Report on sanitation, dispensaries, and jails in Rajputana for 1917, and on vaccination for the year 1917-1918 - 1917-1918
Year: 1917
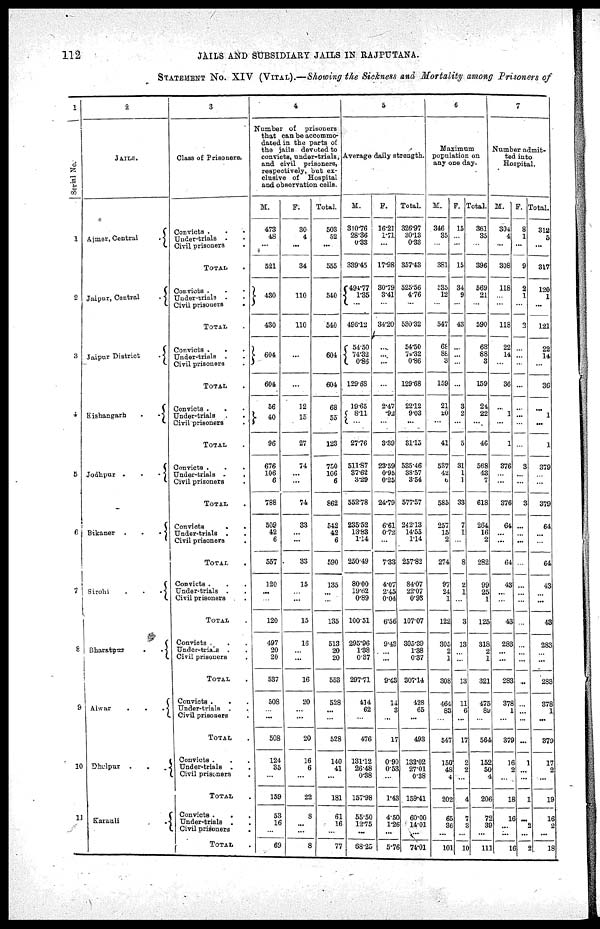
112
JAILS AND SUBSIDIARY JAILS IN RAJPUTANA.
STATEMENT No. XIV (VITAL).—Showing the Sickness and Mortality among Prisoners of
1
Serial No.
1
2
3
4
5
6
7
8
9
10
11
2
JAILS.
Aimer, Central
.
Jaipur, Central
.
Jaipur District
.
Kishangarh
.
.
Jodhpur .
.
.
Bikaner
.
.
.
Sirohi
.
.
.
Bharatpur
.
.
Alwar
.
.
.
Dholpur
.
.
.
Karauli
.
3
Class of Prisoners.
Convicts . .
Under-trials . .
Civil prisoners .
TOTAL .
Convicts . . .
Under-trials . .
Civil prisoners .
TOTAL
Convicts .
.
.
Under-trials . .
Civil prisoners .
TOTAL .
Convicts . . .
Under-trials .
Civil prisoners .
TOTAL .
Convicts . . .
Under-trials .
.
Civil prisoners .
TOTAL .
Convicts
. .
Under-trials .
.
Civil prisoners .
TOTAL .
Convicts . . .
Under-trials . .
Civil prisoners .
TOTAL .
Convicts
. .
Under-trials . .
Civil prisoners .
TOTAL .
Convicts .
. .
Under-trials . .
Civil prisoners .
TOTAL .
Convicts .
. .
Under-trials . .
Civil prisoners .
TOTAL .
Convicts .
.
.
Under- trials . .
Civil prisoners .
TOTAL .
4
Number of
prisoners
that can be accommo-
dated in the parts of
the jails devoted to
convicts, under-trials,
and civil prisoners,
respectively, but ex-
clusive of
Hospital
and observation cells.
M.
473
48
...
521
430
430
604
604
56
40
96
676
106
6
788
509
42
6
557
120
...
...
120
497
20 20
537
508
... ...
508
124
35
...
159
53
16
...
69
F.
30
4
...
34
110
110
...
...
12
15
27
74
...
...
74
33
... ...
33
15
... ...
15
16
... ...
16
20
...
...
20
16
6
...
22
8
...
...
8
Total.
503
52
...
555
540
540
604
604
68
55
123
750
106
6
862
542
42
6
590
135
... ...
135
513
20
20
553
528
...
...
528
140
41
...
181
61
16
...
77
5
Average daily strength.
M.
310.76
28.36
0.33
339.45
494.77
1.35
...
496.12
54.50
74.32
0.86
129.68
19.65
8.11
...
27.76
511.87
37.62
3.29
552.78
235.52
13.83
1.14
250.49
80.00
19.62
0.89
100.51
295.96
1.38
0.37
297.71
414
62
...
476
131.12
26.48
0.38
157.98
55.50
12.75
...
68.25
F.
16.21
1.71
...
17.98
30.79
3.41
...
34.20
...
...
...
...
2.47
.92
...
3.39
23.59
0.95
0.25
24.79
6.61
0.72
...
7.33
4.07
2.45
0.04
6.56
9.43
...
...
9.43
14
3
...
17
0.90
0.53
...
1.43
4.50
1.26
...
5.76
Total.
326.97
30.13
0.33
357.43
525.56
4.76
...
530.32
54.50
74.32
0.86
129.68
22.12
9.03
...
31.15
535.46
38.57
3.54
577.57
242.13
14.55
1.14
257.82
84.07
22.07
0.93
107.07
305.39
1.38
0.37
307.14
428
65
...
493
132.02
27.01
0.38
159.41
60.00
14.01
...
74.01
6
Maximum
population on
any one day.
M.
346
35
...
381
535
12
...
547
68
88
3
159
21
20
...
41
537
42
6
585
257
15
2
274
97
24
1
122
305
2
1
308
464
83
...
547
150
48
4
202
65
36
...
101
F.
15
...
...
15
34
9
...
43
...
...
...
...
3
2
...
5
31
1
1
33
7
1
...
8
2
1
...
3
13
...
...
13
11
6
...
17
2
2
...
4
7
3
...
10
Total.
361
35
...
396
569
21
...
590
68
88
3
159
24
22
...
46
568
43
7
618
264
16
2
282
99
25
1
125
318
2
1
321
475
89
...
564
152
50
4
206
72
39
...
111
7
Number admit-
ted into
Hospital.
M.
304
4
...
308
118
...
...
118
22
14
...
36
...
1
...
1
376
...
...
376
64
...
...
64
43
...
...
43
283
...
...
283
378
1
...
379
16
2
...
18
16
...
...
16
F.
8
1
...
9
2
1
...
3
...
...
...
...
...
...
...
...
3
...
...
3
...
...
...
...
...
...
...
...
...
...
...
...
...
...
...
...
1
...
...
1
...
2
...
2
Total.
312
5
...
317
120
1
...
121
22
14
...
36
...
1
...
1
379
...
...
379
64
...
...
64
43
...
...
43
283
...
...
283
378
1
...
379
17
2
...
19
16
2
...
18